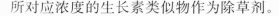
所对应浓度的生长素类似物作为除草剂。